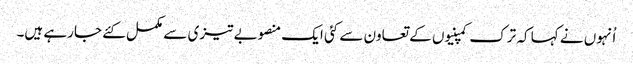
اُنہوں نے کہا کہ ترک کمپنیوں کے تعاون سے کئی ایک منصوبے تیزی سے مکمل کئے جارہے ہیں۔